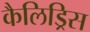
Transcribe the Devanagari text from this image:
कैलिड्रिस